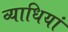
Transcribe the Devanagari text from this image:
व्‍याधियां